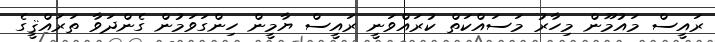
ރައީސް މައުމޫން މިހާރު މަސައްކަތް ކުރައްވަނީ ރައީސް ޔާމީން ހިންގަވަމުން ގެންދަވާ ތަރައްޤީގެ